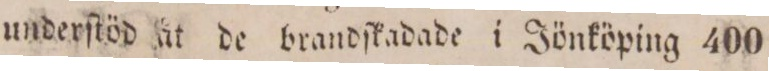
underſtöd at de brandſkadade i Jönköping 400